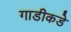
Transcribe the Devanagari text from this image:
गाडीकडे